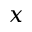
x